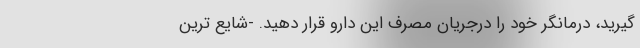
گیرید، درمانگر خود را درجریان مصرف این دارو قرار دهید. -شایع ترین